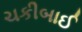
ચકીબાઈ